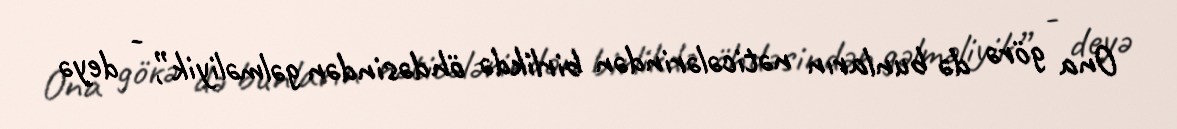
Ona görə də bunların nəticələrindən birlikdə öhdəsindən gəlməliyik”, - deyə